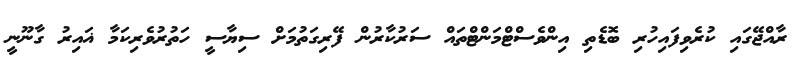
ރާއްޖޭގައި ކުރެވިފައިހުރި ބޮޑެތި އިންވެސްޓްމަންޓްތައް ސަރުކާރުން ފޭރިގަތުމަށް ސިޔާސީ ހަތުރުވެރިކަމާ ޣައިރު ގާނޫނީ